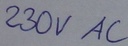
Text: 230V AC